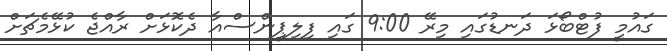
ގައުމީ ފުޓްބޯޅަ ދަނޑުގައި މިރޭ 9:00 ގައި ފިލިޕީންސްއާ ދެކޮޅަށް ރާއްޖެ ކުޅޭމެޗަށް